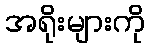
အရိုးများကို